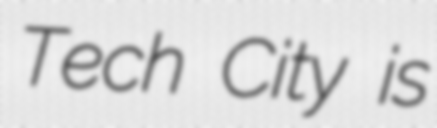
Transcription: Tech City is